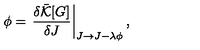
\phi = \left. \frac { \delta \bar { \cal K } [ G ] } { \delta J } \right| _ { J \rightarrow J - \lambda \phi } ,